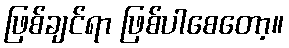
ဖြစ်ချင်ရာ ဖြစ်ပါစေတော့။